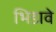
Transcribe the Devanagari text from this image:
भिडावे